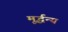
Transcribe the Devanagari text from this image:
मूर्द्धन्य